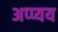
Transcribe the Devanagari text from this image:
अप्प्यय